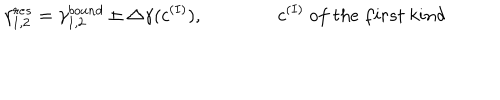
LaTeX: \gamma _ { 1 , 2 } ^ { r e s } = \gamma _ { 1 , 2 } ^ { b o u n d } \pm \triangle \gamma ( c ^ { ( I ) } ) , \qquad \qquad c ^ { ( I ) } { ~ o f ~ t h e ~ f i r s t ~ k i n d }